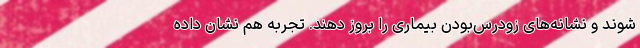
شوند و نشانه‌های زودرس‌بودن بیماری را بروز دهند. تجربه هم نشان داده